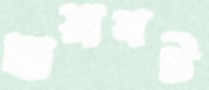
ছায়ানট